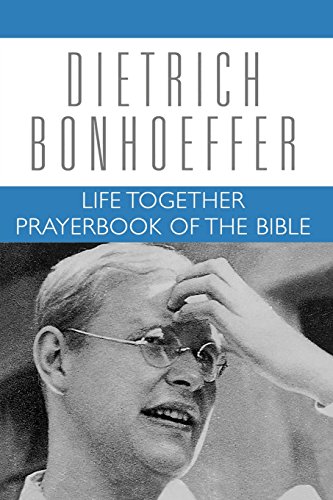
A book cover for Life Together and Prayerbook of the Bible (Dietrich Bonhoeffer Works, Vol. 5); Dietrich Bonhoeffer; Religion & Spirituality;